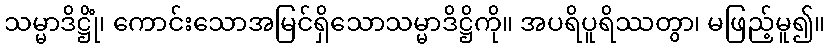
သမ္မာဒိဋ္ဌိုံ၊ ကောင်းသောအမြင်ရှိသောသမ္မာဒိဋ္ဌိကို။ အပရိပူရိဿတွာ၊ မဖြည့်မူ၍။